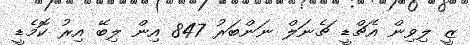
ޒީ ލިވިން އެޗްޑީ ޗެނަލް ނަންބަރު 847 އިން ލިބޭ އިރު ކޮމެޑީ